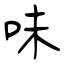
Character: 味